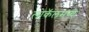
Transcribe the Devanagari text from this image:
लोकॅलमध्ये